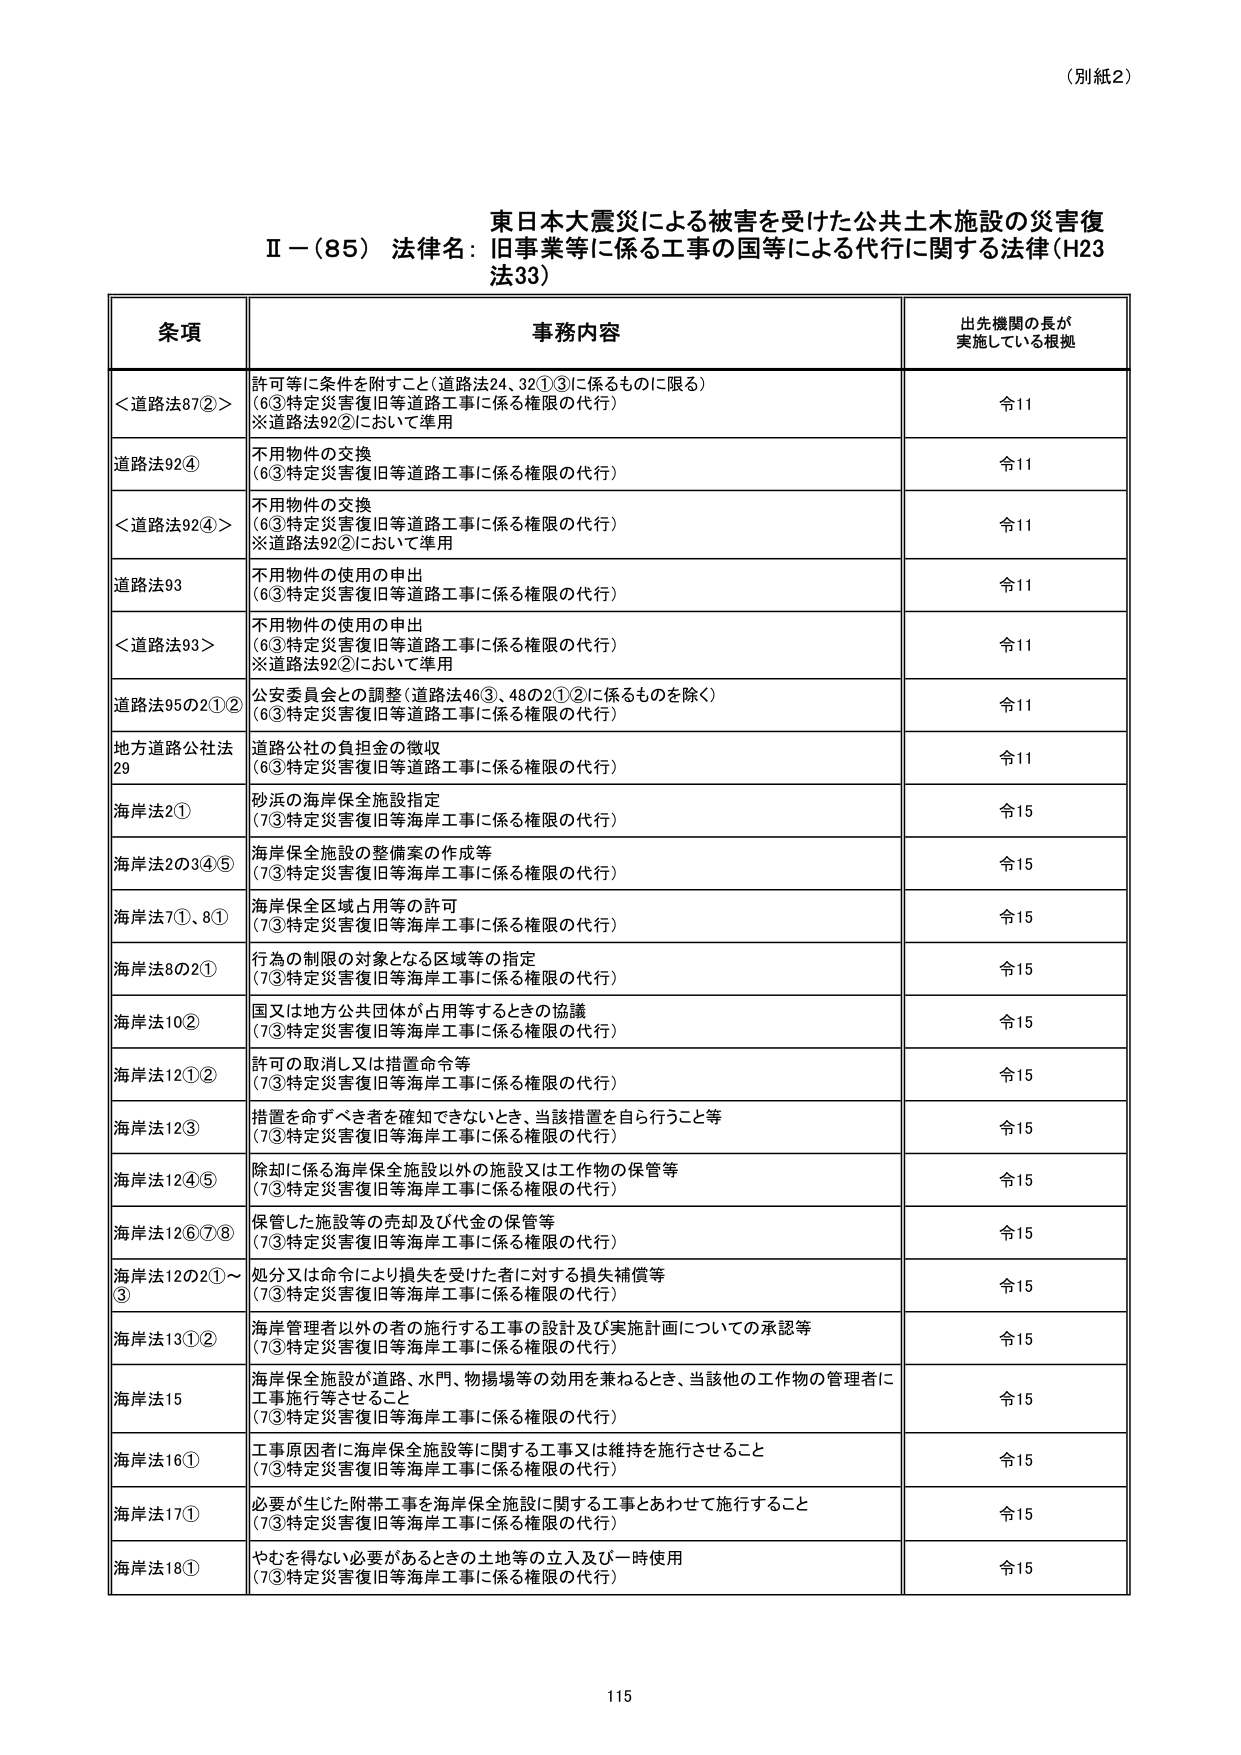
（別紙2）

東日本大震災による被害を受けた公共土木施設の災害復
Ⅱ－（85）法律名：旧事業等に係る工事の国等による代行に関する法律（H23
法33）

条項 事務内容 出先機関の長が
実施している根拠

＜道路法87②＞ 許可等に条件を附すること（道路法24、32①③に係るものに限る）
（6③特定災害復旧等道路工事に係る権限の代行）
※道路法92②において準用 令11

道路法92④ 不用物件の交換
（6③特定災害復旧等道路工事に係る権限の代行） 令11

＜道路法92④＞ 不用物件の交換
（6③特定災害復旧等道路工事に係る権限の代行）
※道路法92②において準用 令11

道路法93 不用物件の使用の申出
（6③特定災害復旧等道路工事に係る権限の代行） 令11

＜道路法93＞ 不用物件の使用の申出
（6③特定災害復旧等道路工事に係る権限の代行）
※道路法92②において準用 令11

道路法95の2①② 公安委員会との調整（道路法46③、48の2①②に係るものを除く）
（6③特定災害復旧等道路工事に係る権限の代行） 令11

地方道路公社法 道路公社の負担金の徴収
29 （6③特定災害復旧等道路工事に係る権限の代行） 令11

海岸法2① 砂浜の海岸保全施設指定
（7③特定災害復旧等海岸工事に係る権限の代行） 令15

海岸法2の3④⑤ 海岸保全施設の整備案の作成等
（7③特定災害復旧等海岸工事に係る権限の代行） 令15

海岸法7①、8① 海岸保全区域占用等の許可
（7③特定災害復旧等海岸工事に係る権限の代行） 令15

海岸法8の2① 行為の制限の対象となる区域等の指定
（7③特定災害復旧等海岸工事に係る権限の代行） 令15

海岸法10② 国又は地方公共団体が占用等するときの協議
（7③特定災害復旧等海岸工事に係る権限の代行） 令15

海岸法12①② 許可の取消し又は措置命令等
（7③特定災害復旧等海岸工事に係る権限の代行） 令15

海岸法12③ 措置を命ずべき者を確知できないとき、当該措置を自ら行うこと等
（7③特定災害復旧等海岸工事に係る権限の代行） 令15

海岸法12④⑤ 除却に係る海岸保全施設以外の施設又は工作物の保管等
（7③特定災害復旧等海岸工事に係る権限の代行） 令15

海岸法12⑥⑦⑧ 保管した施設等の売却及び代金の保管等
（7③特定災害復旧等海岸工事に係る権限の代行） 令15

海岸法12の2①～ 処分又は命令により損失を受けた者に対する損失補償等
③ （7③特定災害復旧等海岸工事に係る権限の代行） 令15

海岸法13①② 海岸管理者以外の者の施行する工事の設計及び実施計画についての承認等
（7③特定災害復旧等海岸工事に係る権限の代行） 令15

海岸法15 海岸保全施設が道路、水門、物揚場等の効用を兼ねるとき、当該他の工作物の管理者に
工事施行等させること
（7③特定災害復旧等海岸工事に係る権限の代行） 令15

海岸法16① 工事原因者に海岸保全施設等に関する工事又は維持を施行させること
（7③特定災害復旧等海岸工事に係る権限の代行） 令15

海岸法17① 必要が生じた附帯工事を海岸保全施設に関する工事とあわせて施行すること
（7③特定災害復旧等海岸工事に係る権限の代行） 令15

海岸法18① やむを得ない必要があるときの土地等の立入及び一時使用
（7③特定災害復旧等海岸工事に係る権限の代行） 令15

115